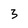
Character: 3